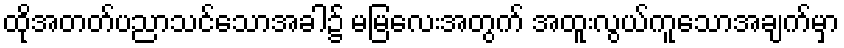
ထိုအတတ်ပညာသင်သောအခါ၌ မမြလေးအတွက် အထူးလွယ်ကူသောအချက်မှာ